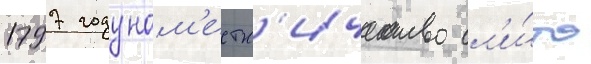
1797 году нам'естн'ичество сл'и́то